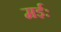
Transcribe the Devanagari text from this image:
मईः